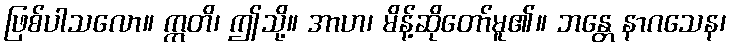
ဖြစ်ပါသလော။ ဣတိ၊ ဤသို့။ အာဟ၊ မိန့်ဆိုတော်မူ၏။ ဘန္တေ နာဂသေန၊